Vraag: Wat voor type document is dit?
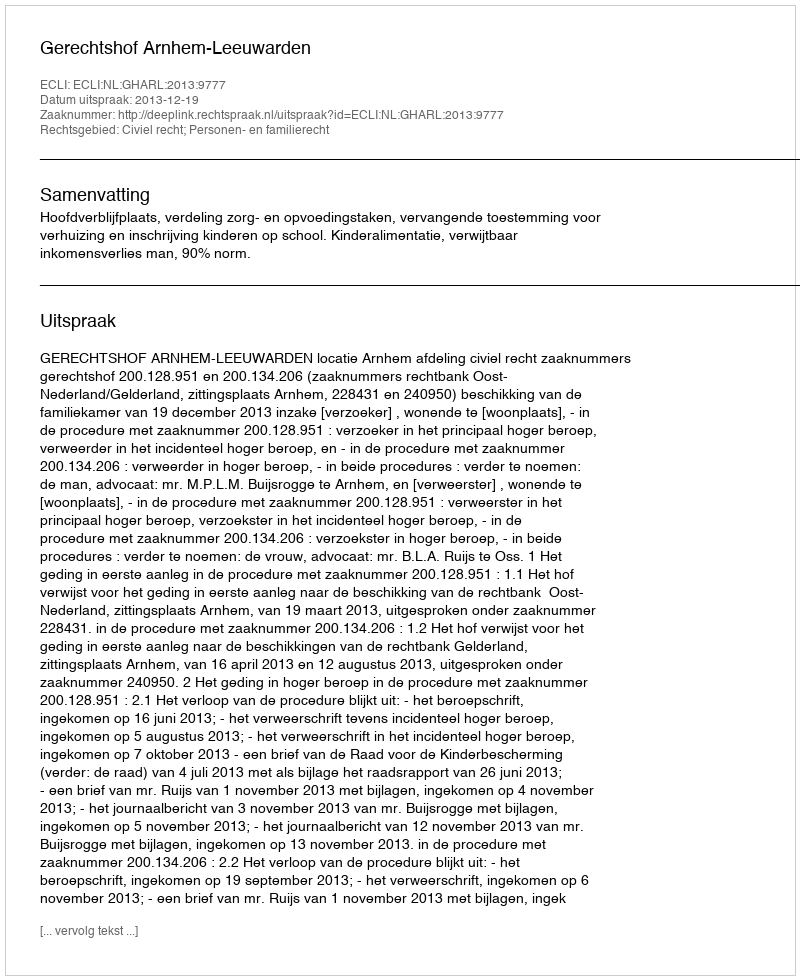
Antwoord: Uitspraak